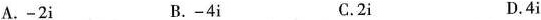
A.-2i B.-4i C.2i D.4i